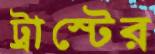
ট্রাস্টের